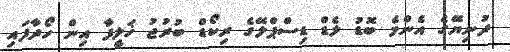
ދުނިޔޭގެ އެންމެ ބޮޑު ލެޑް ޑިސްޕްލޭގެ ރިކޯޑް ބުރުޖު ޚަލީފާ އިން ހޯދާފައި